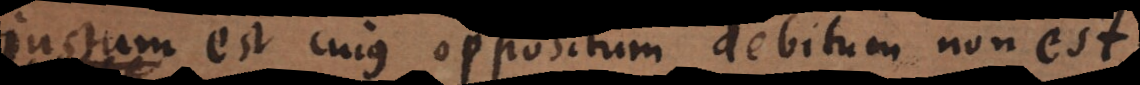
tum est cujus oppositum debitum non est.